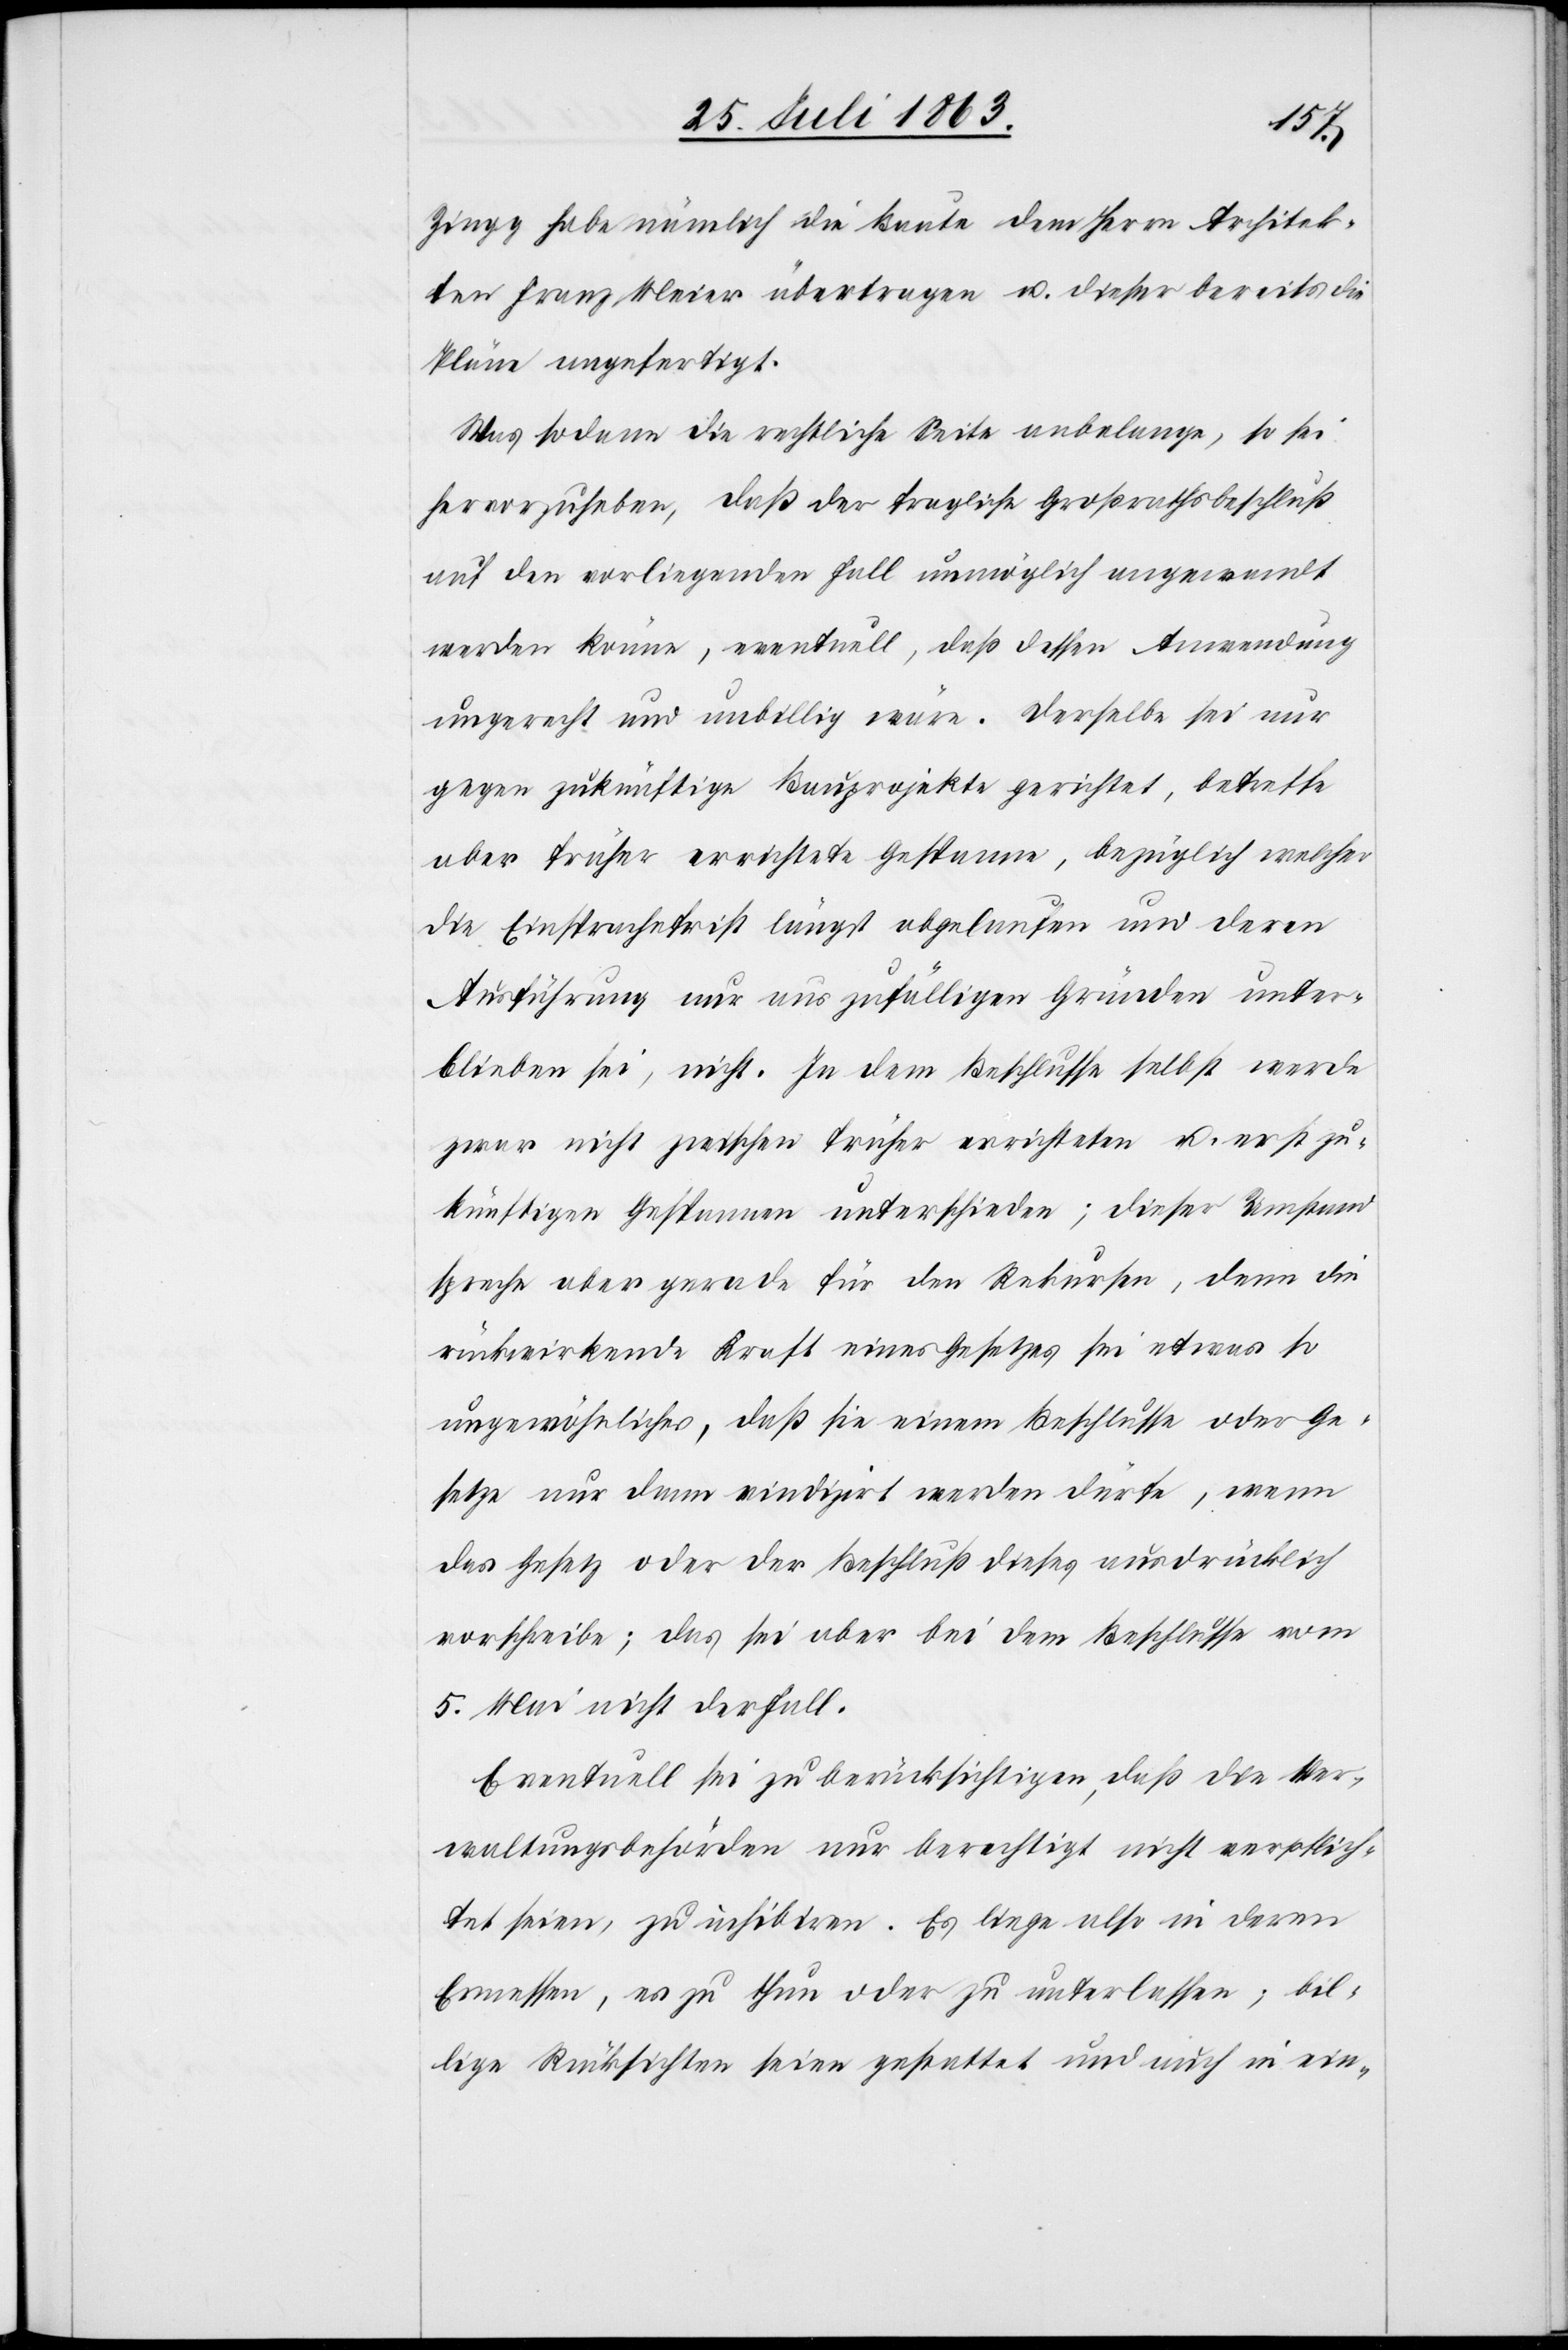
Zingg habe nämlich die Baute dem Herrn Architek¬
ten Franz Meier übertragen u. dieser bereits die
Pläne angefertigt.
Was sodann die rechtliche Seite anbelange, so sei
hervorzuheben, daß der fragliche Großrathsbeschluß
auf den vorliegenden Fall unmöglich angewandt
werden könne, eventuell, daß dessen Anwendung
ungerecht und unbillig wäre. Derselbe sei nur
gegen zukünftige Bauprojekte gerichtet, betreffe
aber früher errichtete Gespanne, bezüglich welcher
die Einsprachefrist längst abgelaufen und deren
Ausführung nur aus zufälligen Gründen unter¬
blieben sei, nicht. In dem Beschlusse selbst werde
zwar nicht zwischen früher errichteten u. erst zu¬
künftigen Gespannen unterschieden; dieser Umstand
spreche aber gerade für den Rekursen, denn die
rückwirkende Kraft eines Gesetzes sei etwas so
ungewöhnliches, daß sie einem Beschlusse oder Ge¬
setze nur dann vindizirt werden dürfe, wenn
das Gesetz oder der Beschluß dieses ausdrücklich
vorschreibe; das sei aber bei dem Beschlusse vom
5. Mai nicht der Fall.
Eventuell sei zu berücksichtigen, daß die Ver¬
waltungsbehörden nur berechtigt nicht verpflich¬
tet seien, zu inhibiren. Es liege also in deren
Ermessen, es zu thun oder zu unterlassen; bil¬
lige Rücksichten seien gestattet und auch in ein-